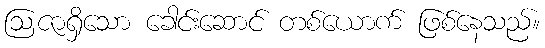
ဩဇာရှိသော ခေါင်းဆောင် တစ်ယောက် ဖြစ်နေသည်။